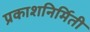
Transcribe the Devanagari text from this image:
प्रकाशनिर्मिती